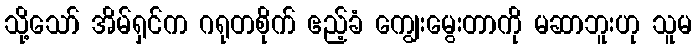
သို့သော် အိမ်ရှင်က ဂရုတစိုက် ဧည့်ခံ ကျွေးမွေးတာကို မဆာဘူးဟု သူမ